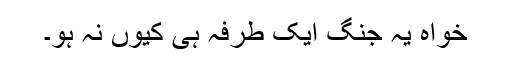
خواہ یہ جنگ ایک طرفہ ہی کیوں نہ ہو۔